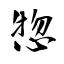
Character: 惣